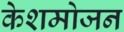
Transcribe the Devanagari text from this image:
केशमोजन